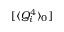
[ \langle Q _ { i } ^ { 4 } \rangle _ { 0 } ]